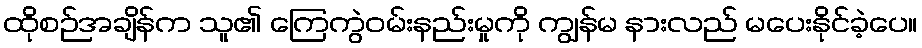
ထိုစဉ်အချိန်က သူ၏ ကြေကွဲဝမ်းနည်းမှုကို ကျွန်မ နားလည် မပေးနိုင်ခဲ့ပေ။